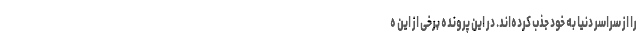
را از سراسر دنیا به خود جذب کرده‌اند. در این پرونده برخی از این ه